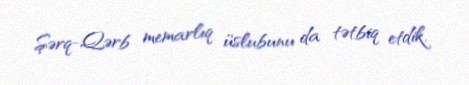
Şərq-Qərb memarlıq üslubunu da tətbiq etdik.